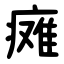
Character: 瘫